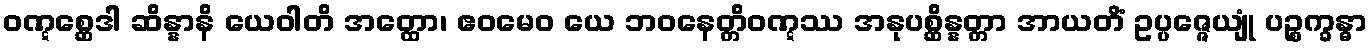
ဝဏ္ဋစ္ဆေဒါ ဆိန္နာနိ ယေဝါတိ အတ္ထော၊ ဧဝမေဝ ယေ ဘဝနေတ္တိဝဏ္ဋဿ အနုပစ္ဆိန္နတ္တာ အာယတိံ ဥပ္ပဇ္ဇေယျုံ ပဉ္စက္ခန္ဓာ